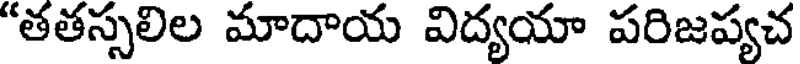
"తతస్సలిల మాదాయ విద్యయా పరిజప్యచ